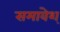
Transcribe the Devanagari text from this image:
समावेश्